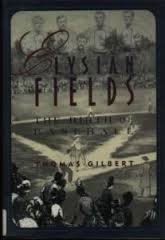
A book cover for Elysian Fields: The Birth of Baseball (The American Game); Thomas W. Gilbert; Teen & Young Adult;